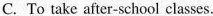
C. To take after-school classes.